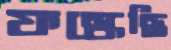
ফস্‌কেছি